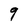
Character: 9